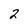
Character: 2